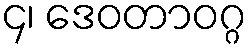
၄၊ ဒေဝတာဝဂ္ဂ